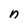
Character: n